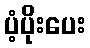
ပံ့ပိုးပေး